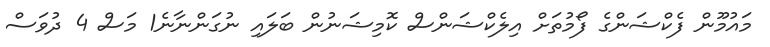
މައުމޫން ފެކްޝަންގެ ފޯމުތަށް އިލެކްޝަންސް ކޮމިޝަނުން ބަލައި ނުގަންނާނެ1 މަސް 4 ދުވަސް